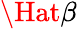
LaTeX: \Hat{\beta}